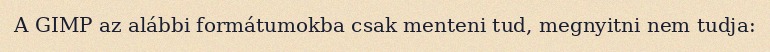
A GIMP az alábbi formátumokba csak menteni tud, megnyitni nem tudja: